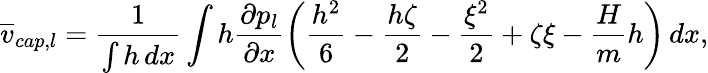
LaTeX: \overline{{v}}_{cap,l}=\frac{1}{\int h\, dx}\int h\frac{\partial p_{l}}{\partial x}\bigg(\frac{h^{2}}{6}-\frac{h\zeta}{2}-\frac{\xi^{2}}{2}+\zeta\xi-\frac{H}{m}h\bigg)\, dx,